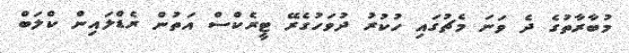
މުބާރާތުގެ ދެ ވަނަ މެޗުގައި ހުކުރު ދުވަހުގެރޭ ޓީރެކްސް އަތުން ރެޑްލައިން ކްލަބް